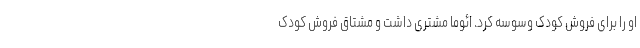
او را برای فروش کودک وسوسه کرد. ائوما مشتری داشت و مشتاق فروش کودک